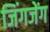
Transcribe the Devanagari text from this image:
जिंगजेंग